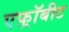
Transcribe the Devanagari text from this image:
एफ़्रॉबीट